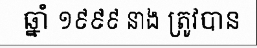
ឆ្នាំ ១៩៩៩ នាង ត្រូវបាន